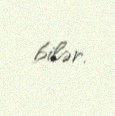
bilər.